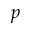
p